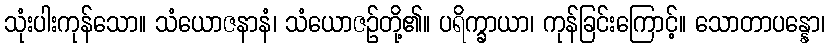
သုံးပါးကုန်သော။ သံယောဇနာနံ၊ သံယောဇဉ်တို့၏။ ပရိက္ခာယာ၊ ကုန်ခြင်းကြောင့်။ သောတာပန္နော၊